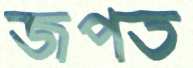
জপত